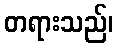
တရားသည်၊